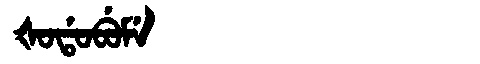
Manchu: ᡧᠣᡩᠣᠪᡠᠮᡝ
Romanization: ŠODOBUME